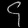
Digit: ၄